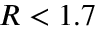
R < 1 . 7